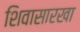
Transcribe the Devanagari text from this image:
शिवासारखा